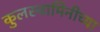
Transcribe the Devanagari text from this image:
कुलस्वामिनीच्या